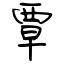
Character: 覃